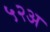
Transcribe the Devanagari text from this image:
५२अ